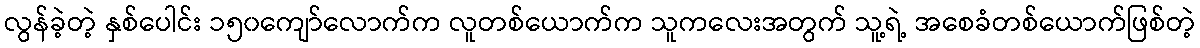
လွန်ခဲ့တဲ့ နှစ်ပေါင်း ၁၅၀ကျော်လောက်က လူတစ်ယောက်က သူကလေးအတွက် သူ့ရဲ့ အစေခံတစ်ယောက်ဖြစ်တဲ့